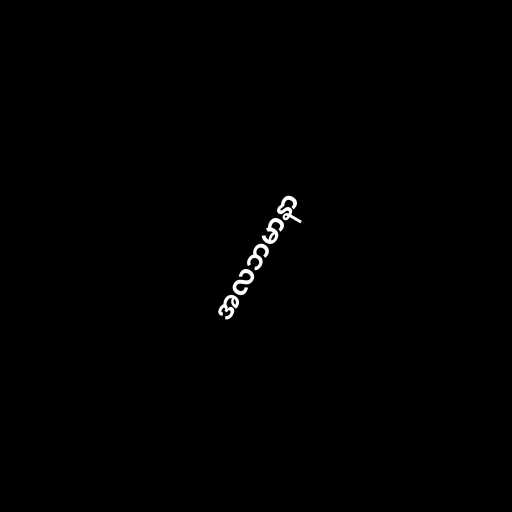
အလဘမာနာ